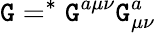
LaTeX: {\cal\mathtt{G}}=^{\ast}\mathtt{G}^{a\mu\nu}\mathtt{G}_{\mu\nu}^{a}